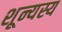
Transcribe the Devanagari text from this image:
शून्यस्य